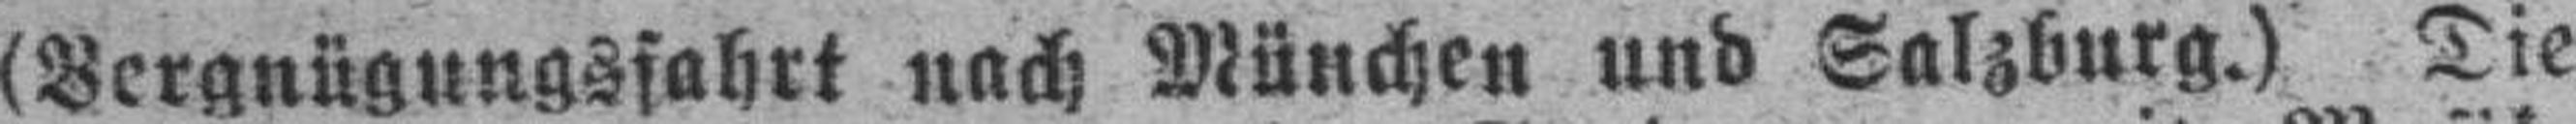
(Bergnügungsfahrt nach München und Salzburg.) Die